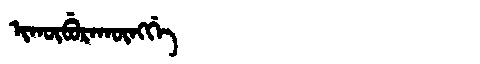
Manchu: ᡳᡴᡡᠪᡠᡵᠠᡴᡡᠩᡤᡝ
Romanization: IKŪBURAKŪNGGE